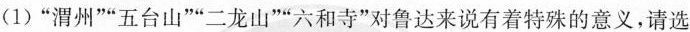
(1) ”渭州””五台山””二龙山””六和寺”对鲁达来说有着特殊的意义，请选